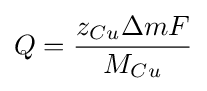
Q={\frac {z_{Cu}\Delta mF}{M_{Cu}}}